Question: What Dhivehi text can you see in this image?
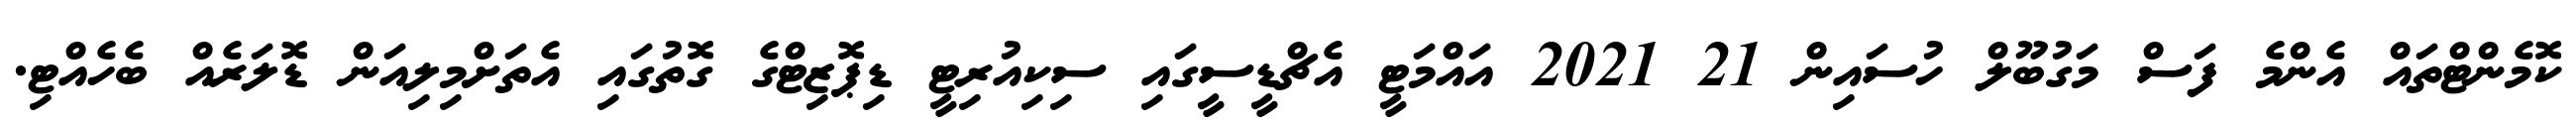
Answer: ކޮމެންޓްތައް އެންމެ ފަސް މަގުބޫލް ހުސައިން 21 2021 އައްމަޓީ އެޗްޑީސީގައި ސިކިއުރިޓީ ޑިޕޮޒިޓްގެ ގޮތުގައި އެތަށްމިލިއަން ޑޮލަރެއް ބެހެއްޓި.